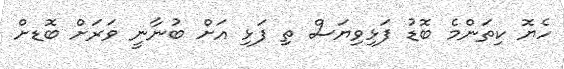
ހެޔޮ ކިތަންމެ ބޮޑު ފަޅިވިޔަސް ތި ފަޅި އަށް ބުނާނީ ވަރަށް ބޮޑށް